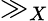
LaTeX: \gg_{X}